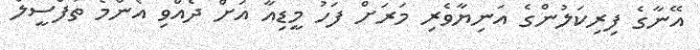
އޭނާގެ ފިރިކަލުންގެ އަނިޔާވެރި މަރަށް ފަހު މީޑިއާ އަށް ދެއްވި އެންމެ ތަފްސީލް